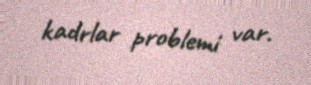
kadrlar problemi var.